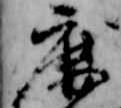
鹿